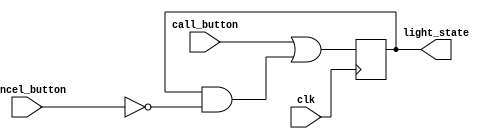
`timescale 1ns / 1ps


module flight_attendent_call_system_dataflow(
    input wire clk,
    input wire call_button,
    input wire cancel_button,
    output reg light_state
    );
    
    wire next_state;
    
    assign next_state = call_button | (light_state & ~cancel_button);
    
    always @(posedge clk) begin
        light_state <= next_state;
    end
    
endmodule